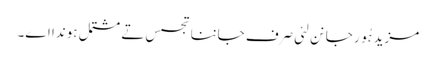
مزید ہُور جانن لئی صرف جاننا تجسس تے مشتمل ہوندا اے۔